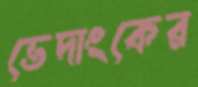
ভেদাংকের